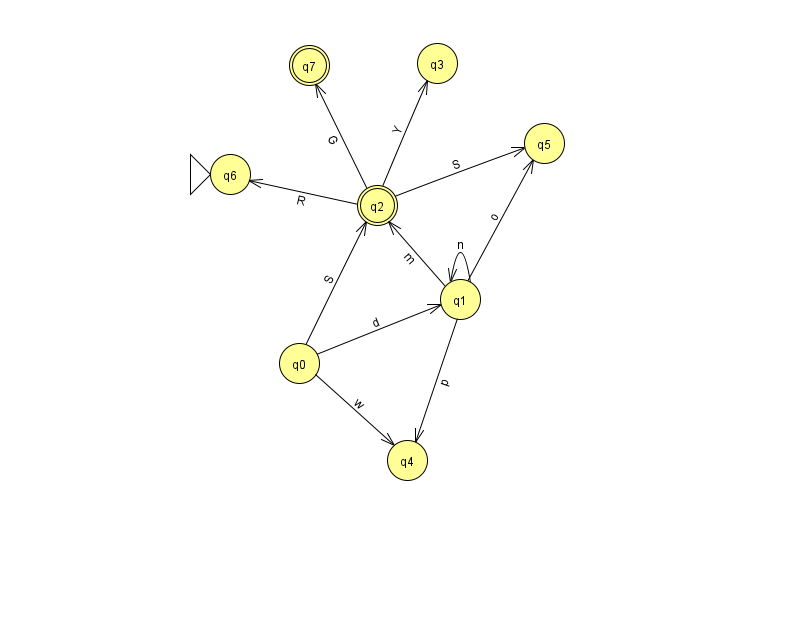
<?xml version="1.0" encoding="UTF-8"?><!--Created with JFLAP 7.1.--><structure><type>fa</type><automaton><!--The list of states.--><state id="0" name="q0"><x>299.0</x><y>350.0</y></state><state id="1" name="q1"><x>460.0</x><y>286.0</y></state><state id="2" name="q2"><x>377.0</x><y>192.0</y><final/></state><state id="3" name="q3"><x>437.0</x><y>50.0</y></state><state id="4" name="q4"><x>407.0</x><y>447.0</y></state><state id="5" name="q5"><x>544.0</x><y>130.0</y></state><state id="6" name="q6"><x>230.0</x><y>161.0</y><initial/></state><state id="7" name="q7"><x>309.0</x><y>52.0</y><final/></state><!--The list of transitions.--><transition><from>0</from><to>1</to><read>d</read></transition><transition><from>1</from><to>2</to><read>m</read></transition><transition><from>2</from><to>7</to><read>G</read></transition><transition><from>2</from><to>3</to><read>Y</read></transition><transition><from>0</from><to>4</to><read>w</read></transition><transition><from>1</from><to>4</to><read>p</read></transition><transition><from>2</from><to>5</to><read>S</read></transition><transition><from>1</from><to>5</to><read>o</read></transition><transition><from>0</from><to>2</to><read>S</read></transition><transition><from>1</from><to>1</to><read>n</read></transition><transition><from>2</from><to>6</to><read>R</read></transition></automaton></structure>